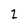
Character: 1